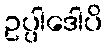
ဥပ္ပါဒေါပိ